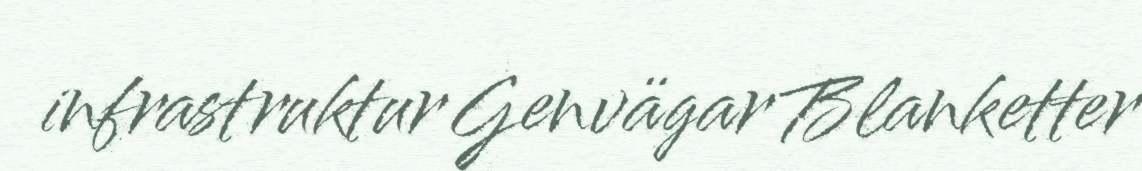
infrastruktur Genvägar Blanketter